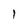
Character: 1